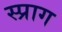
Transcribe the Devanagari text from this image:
स्प्राग